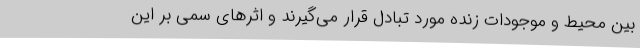
بین محیط و موجودات زنده مورد تبادل قرار می‌گیرند و اثرهای سمی بر این